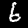
Digit: 6